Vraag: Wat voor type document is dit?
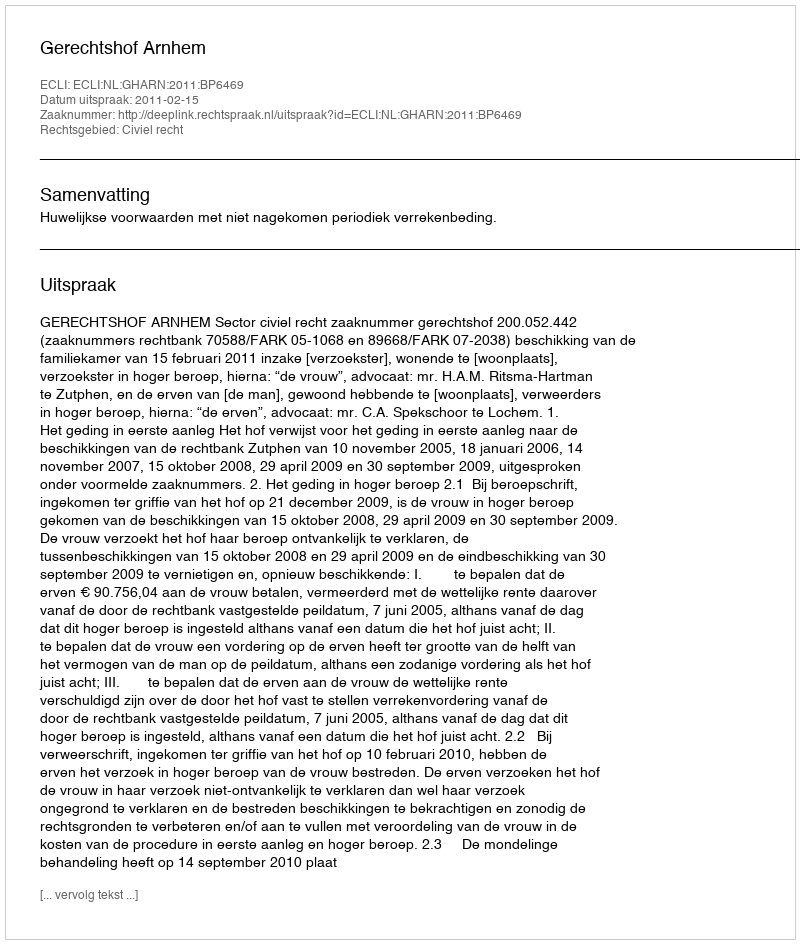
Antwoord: Uitspraak